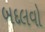
બદલવો